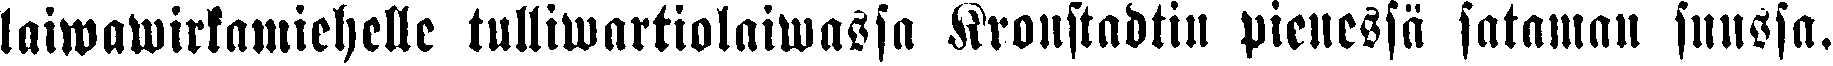
laiwawirkamiehelle tulliwartiolaiwassa Kronstadtin pienessä sataman suussa.